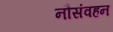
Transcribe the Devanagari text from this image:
नौसंवहन